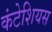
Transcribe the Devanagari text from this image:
कंटेशियस